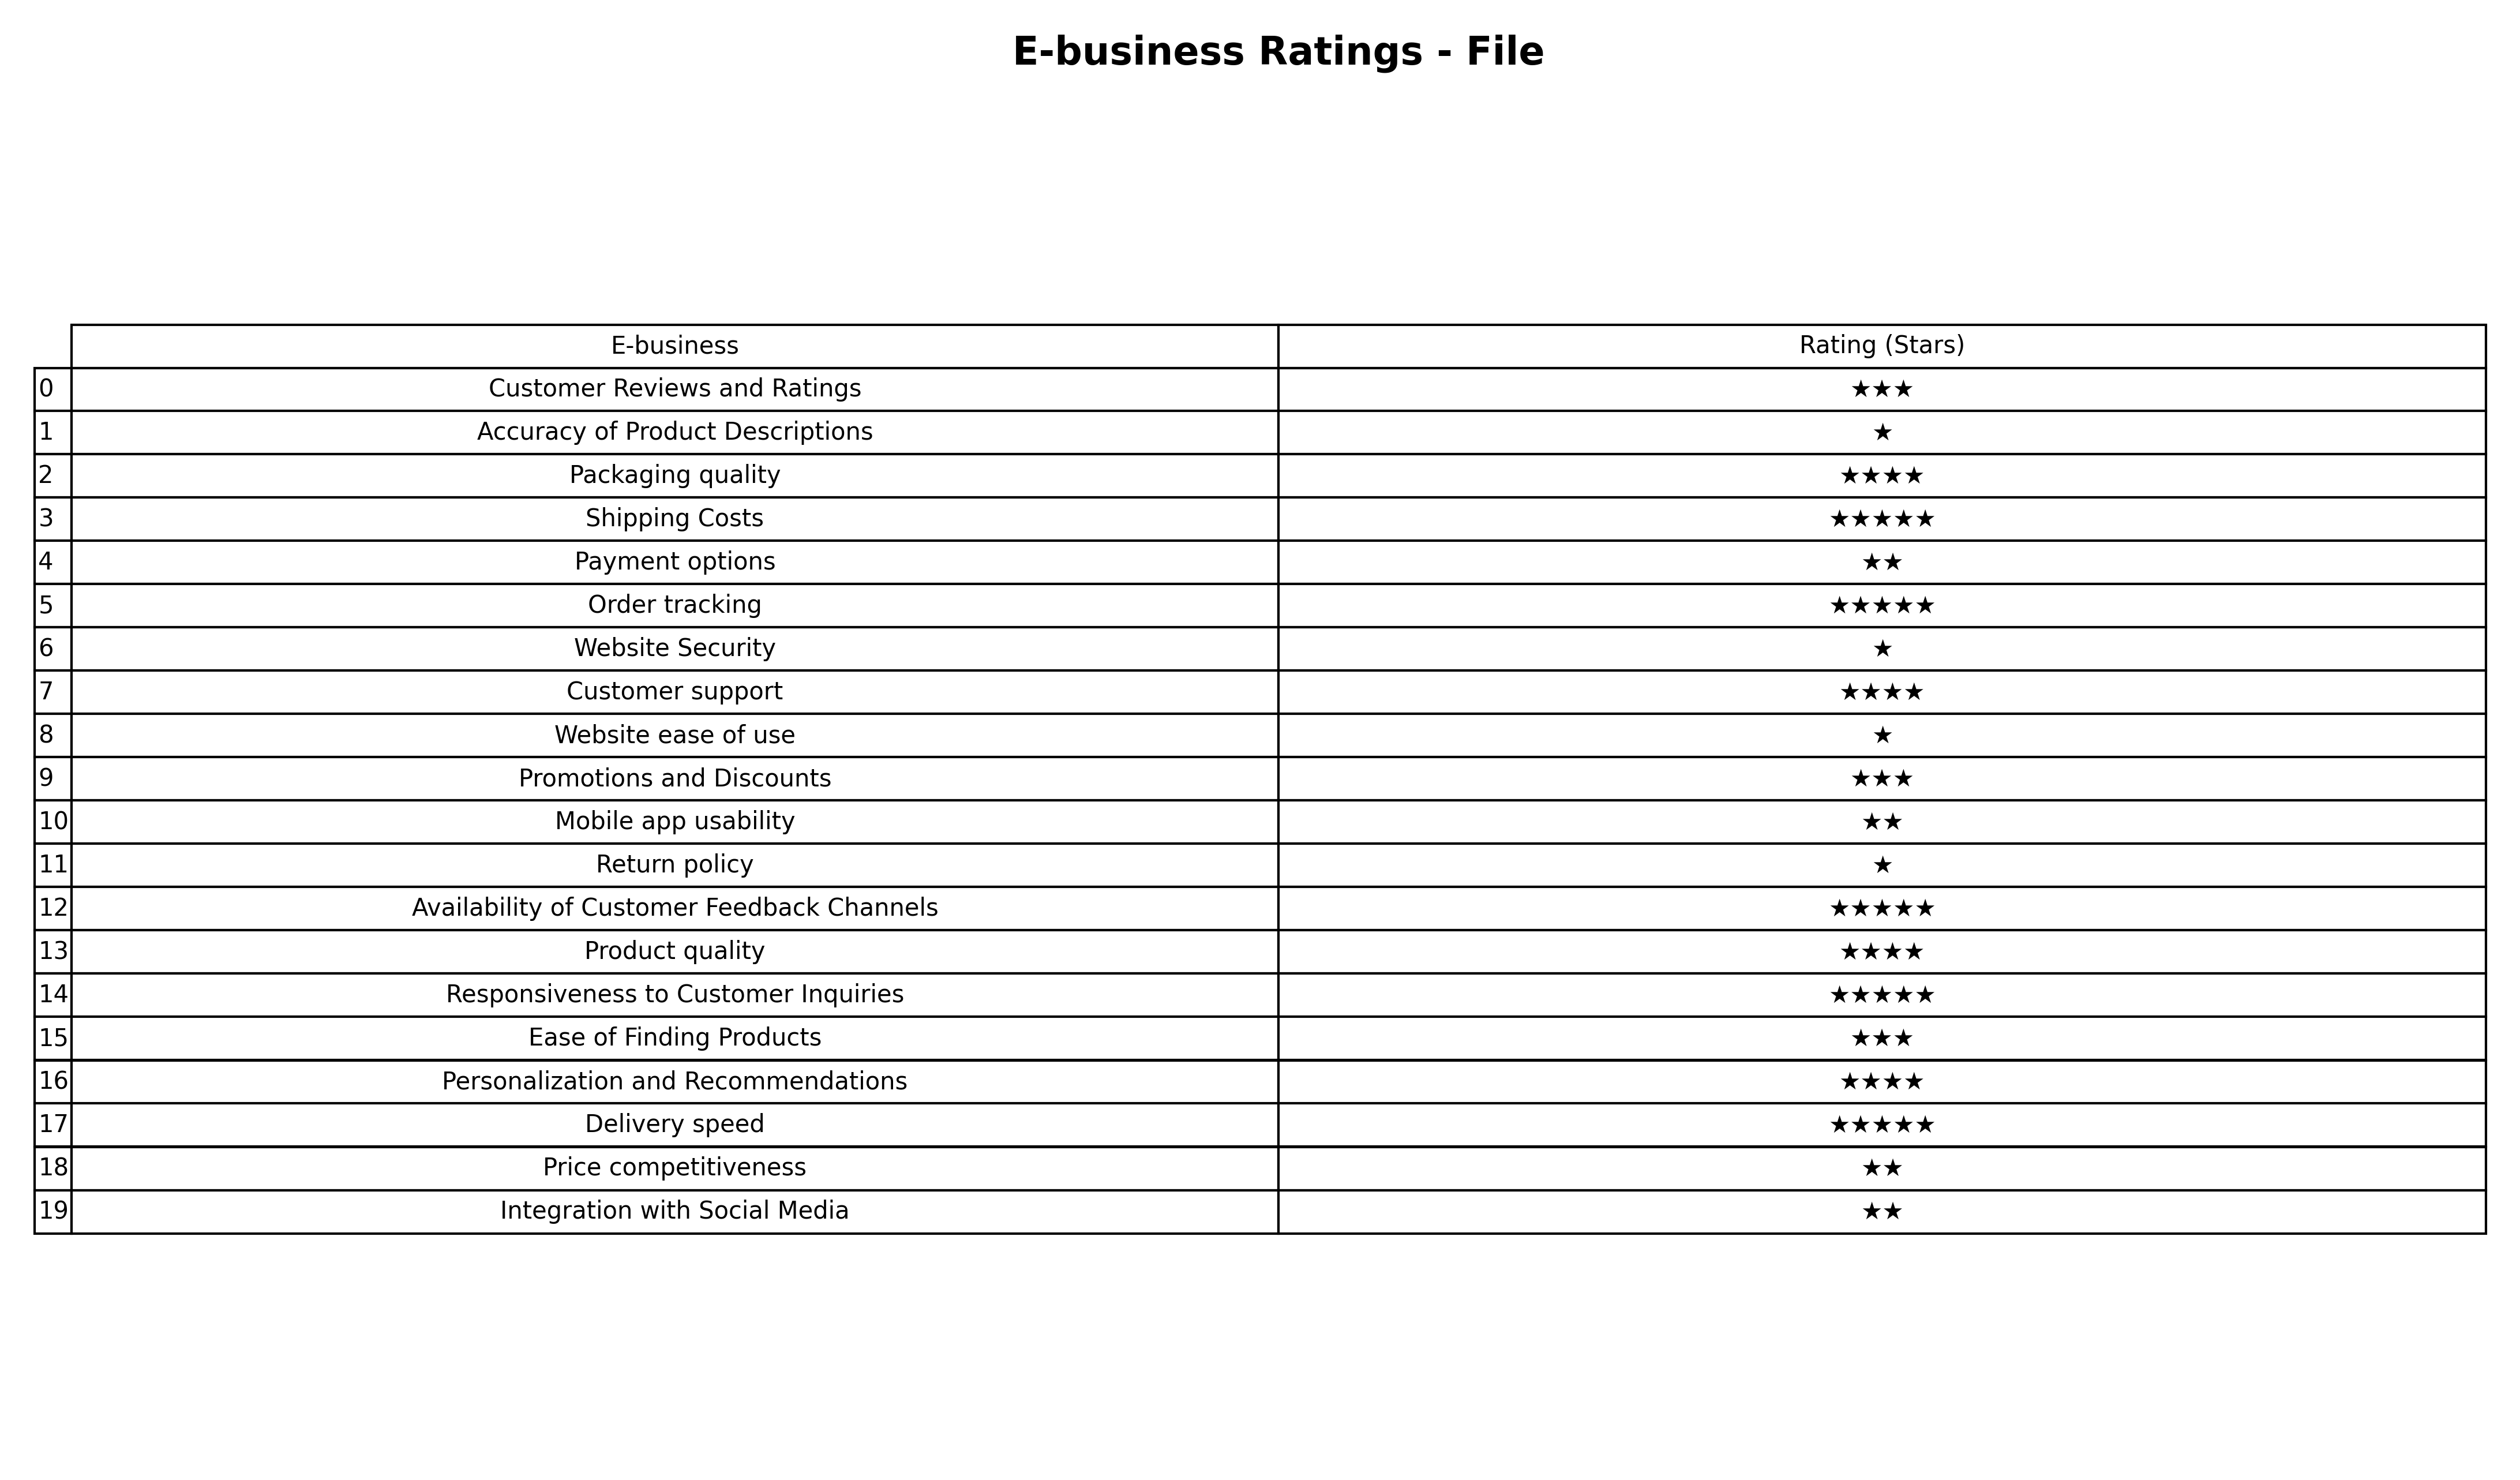
question: What is the rating of Availability of Customer Feedback Channels?
answer: ★★★★★